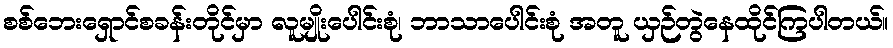
စစ်ဘေးရှောင်စခန်းတိုင်မှာ လူမျိုးပေါင်းစုံ၊ ဘာသာပေါင်းစုံ အတူ ယှဉ်တွဲနေထိုင်ကြပါတယ်။